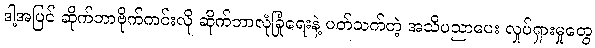
ဒါ့အပြင် ဆိုက်ဘာဗိုက်ကင်းလို ဆိုက်ဘာလုံခြုံရေးနဲ့ ပတ်သက်တဲ့ အသိပညာပေး လှုပ်ရှားမှုတွေ